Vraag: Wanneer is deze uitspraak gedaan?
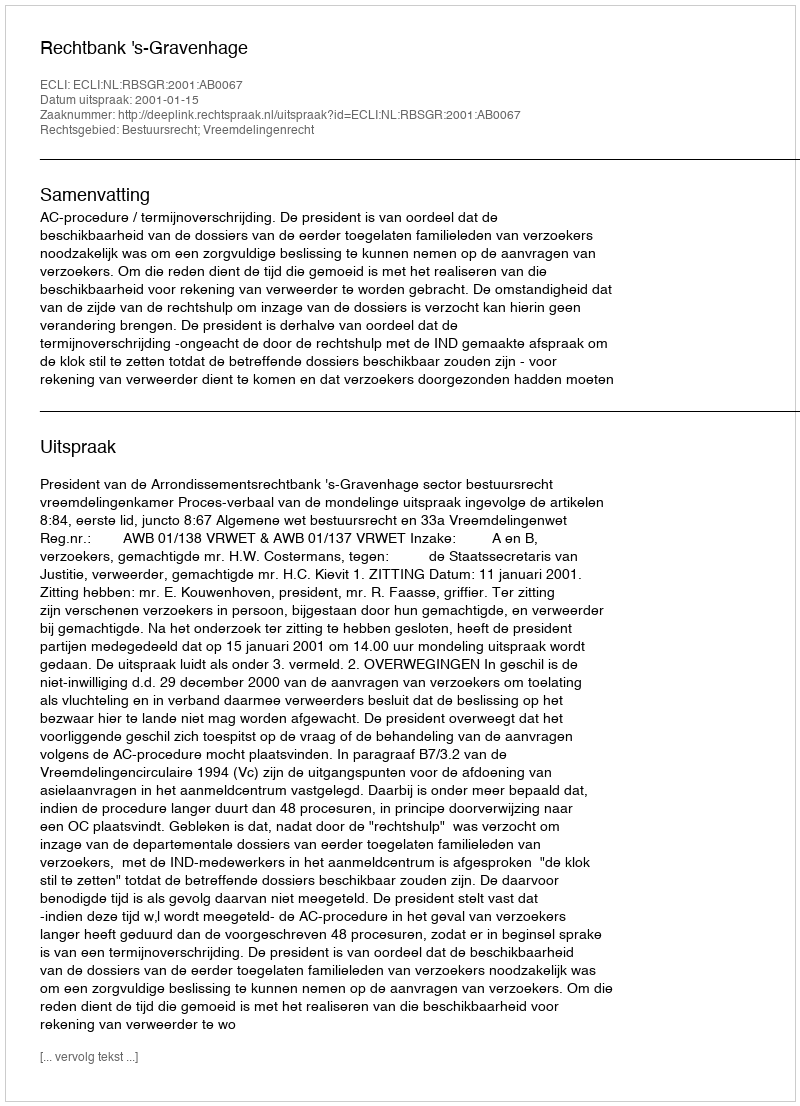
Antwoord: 2001-01-15